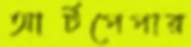
আর্টপেপার